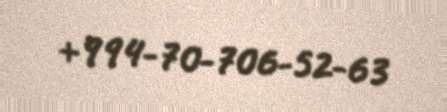
+994-70-706-52-63